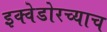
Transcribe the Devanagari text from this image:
इक्वेडोरच्याच